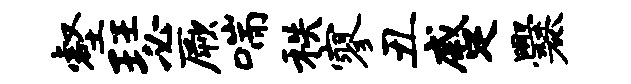
壑瑟厥喘秩寥丑蹙爨